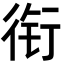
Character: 衔